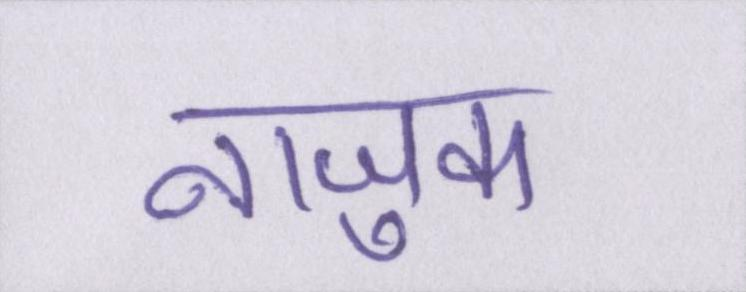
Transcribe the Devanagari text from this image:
नाजुक